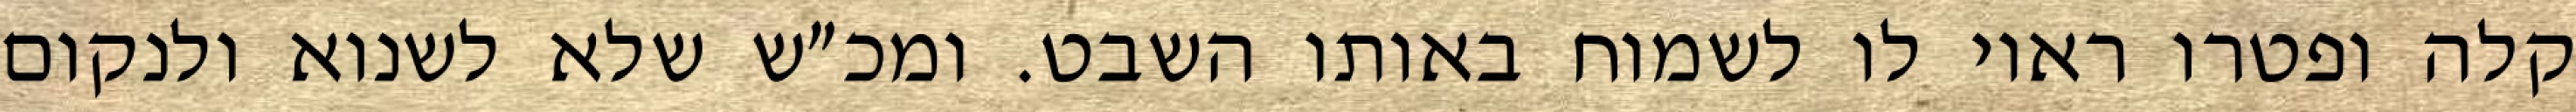
קלה ופטרו ראוי לו לשמוח באותו השבט. ומכ״ש שלא לשנוא ולנקום